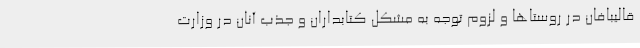
قالیبافان در روستاها و لزوم توجه به مشکل کتابداران و جذب آنان در وزارت